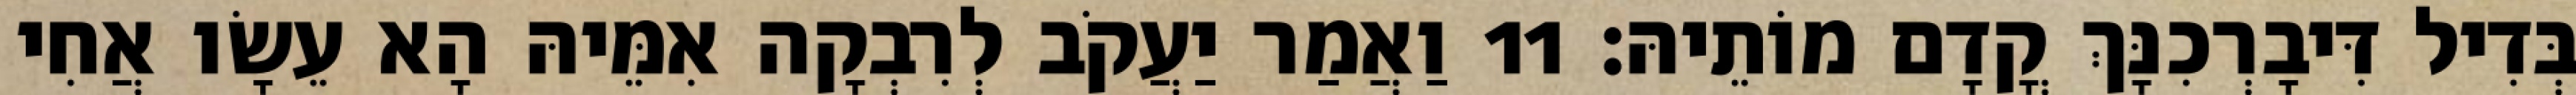
בְּדִיל דִּיבָרְכִנָּךְ קֳדָם מוֹתֵיהּ׃ 11 וַאֲמַר יַעֲקֹב לְרִבְקָה אִמֵּיהּ הָא עֵשָׂו אֲחִי